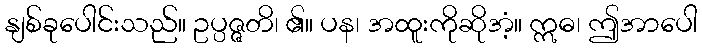
နျစ်ခုပေါင်းသည်။ ဥပ္ပဇ္ဇတိ၊ ၏။ ပန၊ အထူးကိုဆိုအံ့။ ဣဓ၊ ဤအာပေါ